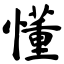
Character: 懂